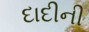
દાદીની